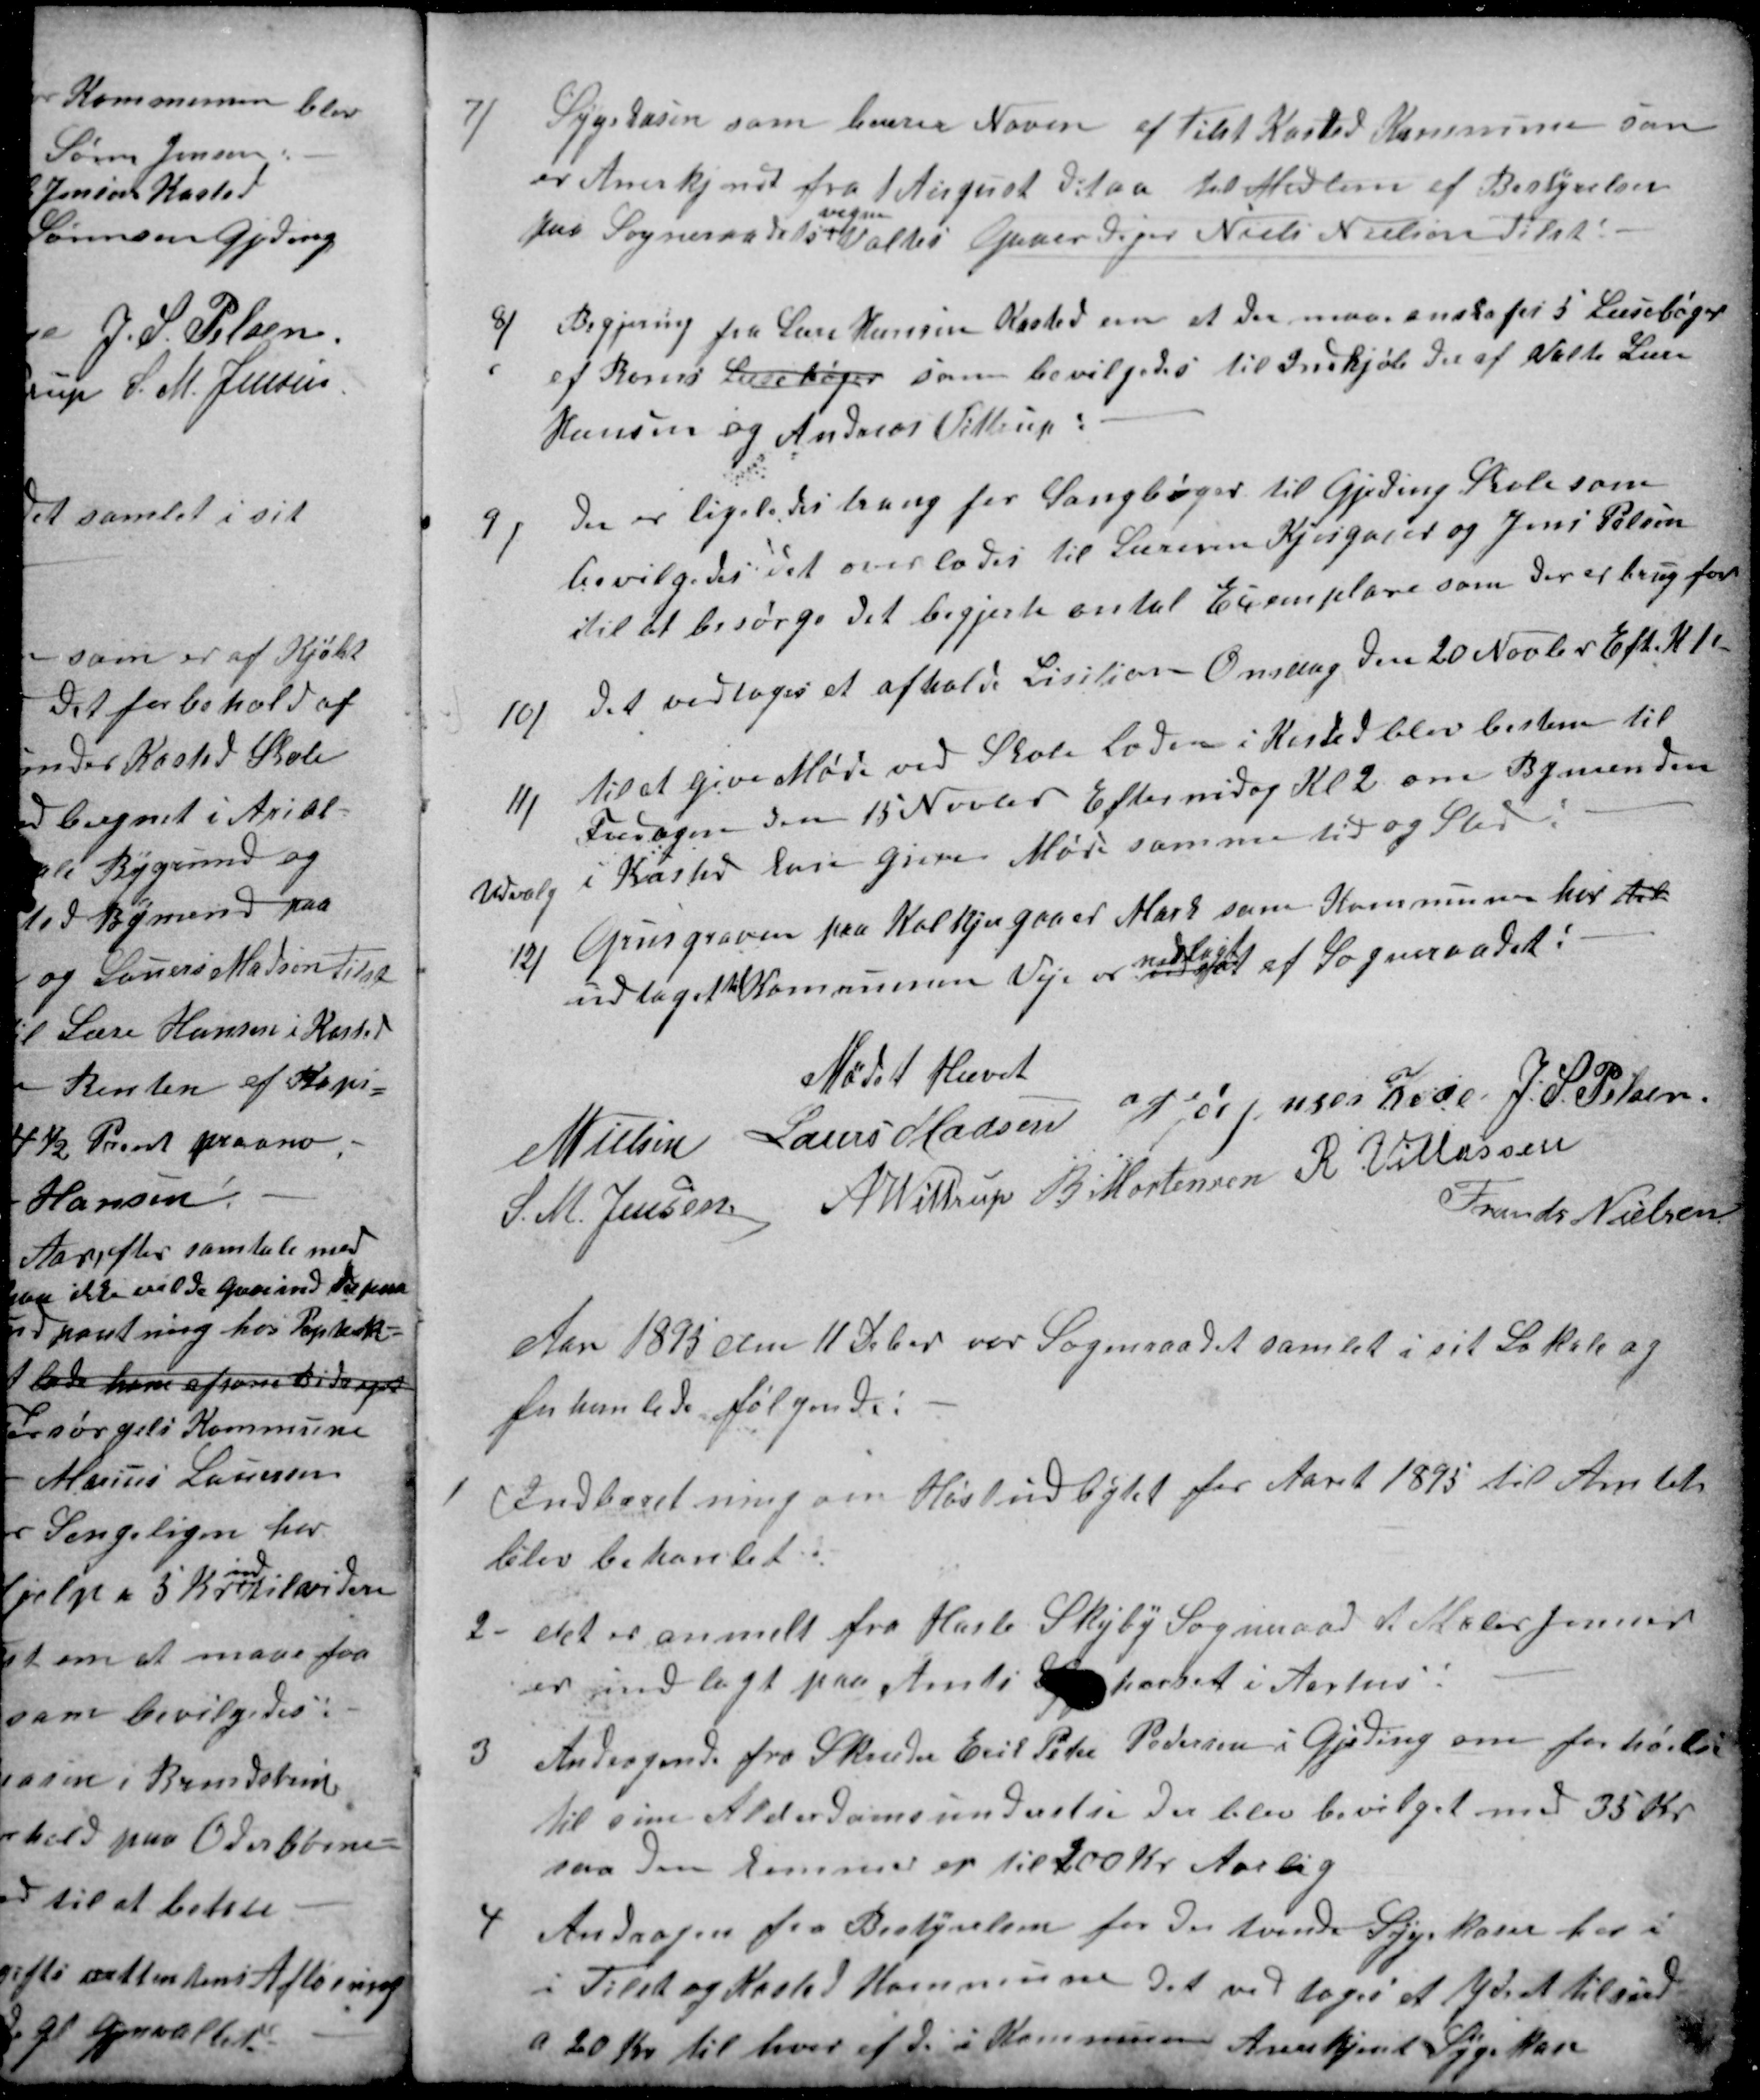
Transskription:
7)
Sygekasen som bærer Naven af Tilst Kasted Kommune som
er Anerkjendt fra 1 August det aa til Medlem af Bestyrelsen
paa Sogneraadets
vegne
Valtes Gaaerdejer Niels Nielsen Tilst:
8)
Begjering fra Lære Hansen Kasted om at der maa anskafes 5 Læsebøger
af Børns Læsebøger som bevilgedes til Indkjøb deraf Valtes Lære
Hansen og Andreas Vittrup:
9)
der er ligeledes trang for Sangbøger til Gjeding Skole som
bevilgedes det overlodes til Læreren Kjersgaard og Jens Pelsen
til at besørge det begjerte antal Exemplare som der er brug for
10)
Det vedtoges at afholde Lisition Onsdag den 20 Novbr Eft. Kl 1
11)
til at give Møde ved Skole Loden i Kasted blev bestem til
Fredagen den 15 Novbr Eftermidag Kl 2 om Bymenden
Udvalg i Kasted kan give Møde samme tid og Sted
12)
Grusgraven paa Kolkjergaard Mark som Kommunen har til
udtaget til Kommunen Veje er vedtaget 
nedlagt
af Sogneraadet:
Mødet Hævet
N Nielsen
Laurs Madsen
J P Jørgensen Kaae
J. S. Pelsen
S. M. Jensen
A Wittrup
B Mortensen
R. Villassen
Frands Nielsen
Aar 1895 den 11 Febr var Sogneraadet samlet i sit Lokale og
forhanlede følgende:
1
Indberetning om Høstudbytet for Aaret 1895 til Amtet
blev behandet
2
det er anmelt fra Hasle Skejby Sogneraad at Maler Jensen
er indlagt paa Amts Sygehuset i Aarhus.
3
Andragende fra Skreder Erik Peter Pedersen i Gjeding om forhøielse
til sin Alderdomsunderstøt der blev bevilget med 35 Kr.
saa den kommer op til 200 Kr Aarlig
4
Andragen fra Bestyrelsen for den tvende Sygekase her i
i Tilst og Kasted Kommune det vedtoges at Yde et tilsud
a 20 Kr til hver af de i Kommunen Anerkjent Sygekaser